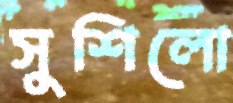
সুশিলো